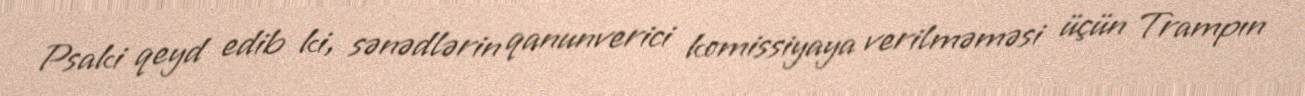
Psaki qeyd edib ki, sənədlərin qanunverici komissiyaya verilməməsi üçün Trampın